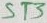
Text: ST3